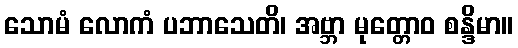
သောမံ လောကံ ပဘာသေတိ၊ အဗ္ဘာ မုတ္တောဝ စန္ဒိမာ။